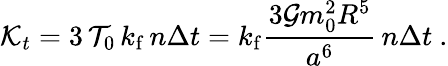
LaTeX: {\cal K}_{t}=3\, {\cal T}_{0}\, k_{\mathrm{f}}\, n\Delta t=k_{\mathrm{f}}\frac{3{\cal G}m_{0}^{2}R^{5}}{a^{6}}\, n\Delta t\ .